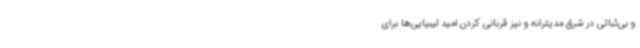
و بی‌ثباتی در شرق مدیترانه و نیز قربانی کردن امید لیبیایی‌ها برای